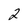
Character: 2